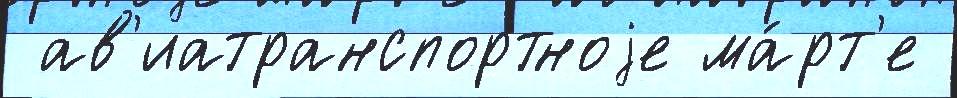
 ав'иатранспортноjе ма́рт'е